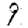
Digit: 9